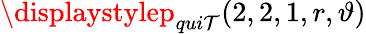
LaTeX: \displaystylep_{qui\mathcal{T}}(2,2,1,r,\vartheta)